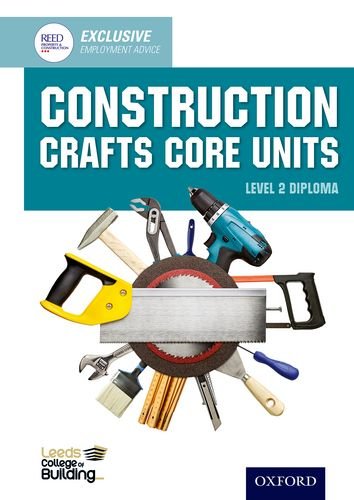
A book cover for Construction Crafts Core Units Level 2 Diploma; Leeds College of Building; Teen & Young Adult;